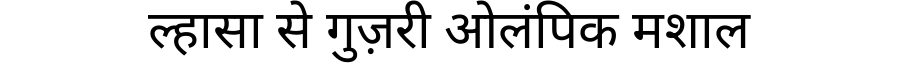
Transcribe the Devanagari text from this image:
ल्हासा से गुज़री ओलंपिक मशाल